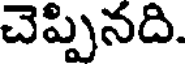
చెప్పినది.